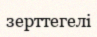
зерттегелі